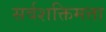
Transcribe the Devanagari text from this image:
सर्वशक्तिमत्ता